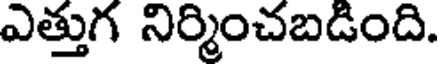
ఎత్తుగ నిర్మించబడింది.